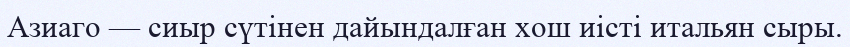
Азиаго — сиыр сүтінен дайындалған хош иісті итальян сыры.